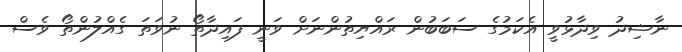
ނާޝިދު ވިދާޅުވީ އެކަމުގެ ސަބަބުން ރައްޔިތުންނަށް ވަނީ ފައިދާތޯ ނުވަތަ ގެއްލުންތޯ ވެސް